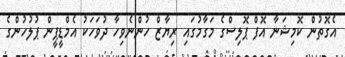
އެގޮތުން ކޮމިޝަނާ އޮފް ޕޮލިސްގެ މަގާމުގައި ރިޔާޒް ހުންނެވިހާ ދުވަހަކު އެމްޑީޕީން ޕުލުހުންގެ